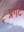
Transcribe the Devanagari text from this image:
प्रगटें